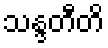
သန္ဒတီတိ